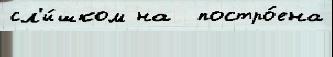
сл'и́шком на  постро́ена